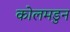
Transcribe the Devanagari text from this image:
कोलमडुन